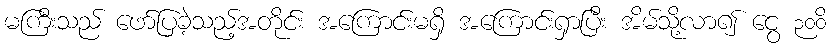
မကြီးသည် ဖော်ပြခဲ့သည့်အတိုင်း အကြောင်းမရှိ အကြောင်းရှာပြီး အိမ်သို့လာ၍ ငွေ ၃၀၀ိ